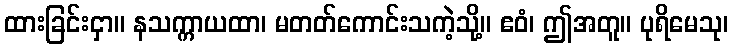
ထားခြင်းငှာ။ နသက္ကာယထာ၊ မတတ်ကောင်းသကဲ့သို့။ ဧဝံ၊ ဤအတူ။ ပုရိမေသု၊